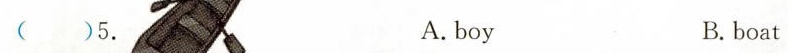
( )5. A. boy B. boat